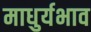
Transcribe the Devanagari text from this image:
माधुर्यभाव